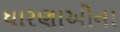
ધારણાઓના